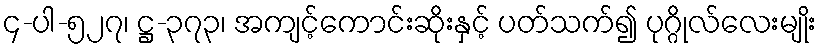
၄-ပါ-၅၂၇၊ ဋ္ဌ-၃၇၃၊ အကျင့်ကောင်းဆိုးနှင့် ပတ်သက်၍ ပုဂ္ဂိုလ်လေးမျိုး